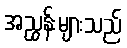
အညွှန်းများသည်